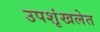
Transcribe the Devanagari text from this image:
उपशृंखलेत